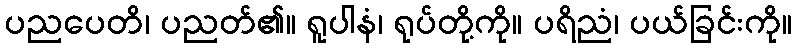
ပညပေတိ၊ ပညတ်၏။ ရူပါနံ၊ ရုပ်တို့ကို။ ပရိညံ၊ ပယ်ခြင်းကို။